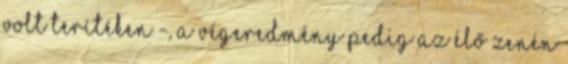
volt terítéken -, a végeredmény pedig az élő zenén